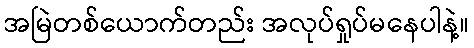
အမြဲတစ်ယောက်တည်း အလုပ်ရှုပ်မနေပါနဲ့။